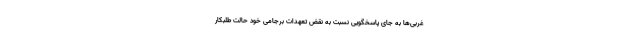
غربی‌ها به جای پاسخگویی نسبت به نقض تعهدات برجامی خود حالت طلبکار